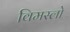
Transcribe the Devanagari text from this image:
विमस्लो